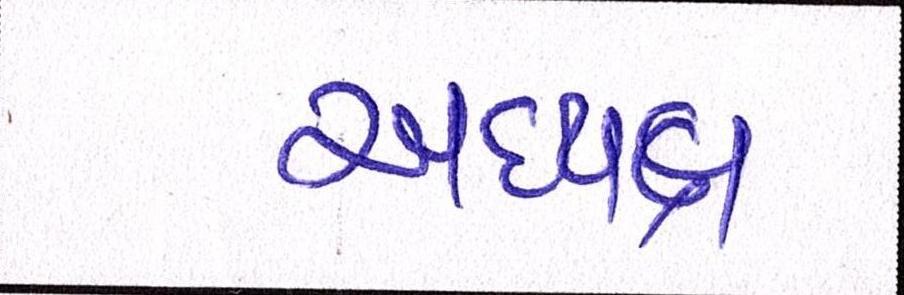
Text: અધ્યક્ષ